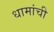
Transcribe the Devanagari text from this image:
धामांची